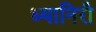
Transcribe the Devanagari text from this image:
ध्यानिरौ